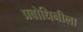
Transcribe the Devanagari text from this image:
प्रबोधिनीला